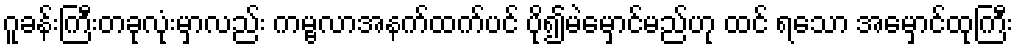
ဂူခန်းကြီးတခုလုံးမှာလည်း ကမ္ဗလာအနက်ထက်ပင် ပို၍မဲမှောင်မည်ဟု ထင် ရသော အမှောင်ထုကြီး